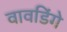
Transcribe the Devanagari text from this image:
वावडिंगे